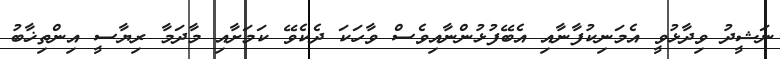
ނަޝީދު ވިދާޅުވީ އެމަނިކުފާނާއި އެބޭފުޅުންނާއިވެސް ވާހަކަ ދެކެވޭ ކަމަށާއި މާދަމާ ރިޔާސީ އިންތިޚާބު